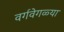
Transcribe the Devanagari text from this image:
वर्गवेगळ्या